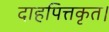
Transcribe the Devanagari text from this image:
दाहपित्तकृत।